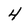
Character: 4